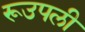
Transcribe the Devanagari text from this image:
रूउपली